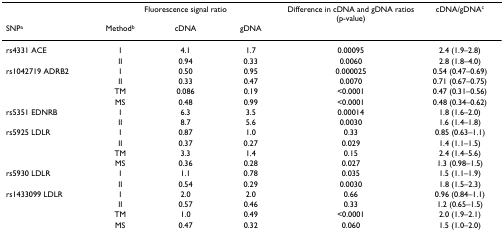
|  | <COLSPAN=3> Fluorescence signal ratio | Difference in cDNA and gDNA ratios (p-value) | cDNA/gDNAc |
 | SNPa | Methodb | cDNA | gDNA |  |  |
 | --- | --- | --- | --- | --- | --- |
 | rs4331 ACE | I | 4.1 | 1.7 | 0.00095 | 2.4 (1.9–2.8) |
 |  | II | 0.94 | 0.33 | 0.0060 | 2.8 (1.8–4.0) |
 | rs1042719 ADRB2 | I | 0.50 | 0.95 | 0.000025 | 0.54 (0.47–0.69) |
 |  | II | 0.33 | 0.47 | 0.0070 | 0.71 (0.67–0.75) |
 |  | TM | 0.086 | 0.19 | <0.0001 | 0.47 (0.31–0.56) |
 |  | MS | 0.48 | 0.99 | <0.0001 | 0.48 (0.34–0.62) |
 | rs5351 EDNRB | I | 6.3 | 3.5 | 0.00014 | 1.8 (1.6–2.0) |
 |  | II | 8.7 | 5.6 | 0.0030 | 1.6 (1.4–1.8) |
 | rs5925 LDLR | I | 0.87 | 1.0 | 0.33 | 0.85 (0.63–1.1) |
 |  | II | 0.37 | 0.27 | 0.029 | 1.4 (1.1–1.5) |
 |  | TM | 3.3 | 1.4 | 0.15 | 2.4 (1.4–5.6) |
 |  | MS | 0.36 | 0.28 | 0.027 | 1.3 (0.98–1.5) |
 | rs5930 LDLR | I | 1.1 | 0.78 | 0.035 | 1.5 (1.1–1.9) |
 |  | II | 0.54 | 0.29 | 0.0030 | 1.8 (1.5–2.3) |
 | rs1433099 LDLR | I | 2.0 | 2.0 | 0.66 | 0.96 (0.84–1.1) |
 |  | II | 0.57 | 0.46 | 0.33 | 1.2 (0.65–1.5) |
 |  | TM | 1.0 | 0.49 | <0.0001 | 2.0 (1.9–2.1) |
 |  | MS | 0.47 | 0.32 | 0.060 | 1.5 (1.0–2.0) |